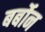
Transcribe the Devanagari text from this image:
बर्बोन